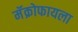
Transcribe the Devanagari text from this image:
मॅक्रोफायला